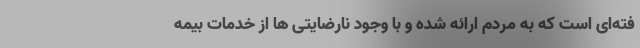
فته‌ای است که به مردم ارائه شده و با وجود نارضایتی ها از خدمات بیمه